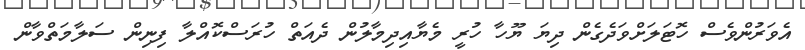
އެވަރުންވެސް ހޮޓަލަށްވަދެގެން ދިޔަ ޔޫހާ ހުރީ މެޔާއިދިމާލުން ދެއަތް ހުރަސްކޮއްލާ ފިނިން ސަލާމަތްވާން